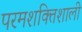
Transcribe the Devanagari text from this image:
परमशक्तिशाली